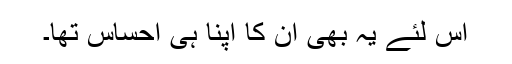
اس لئے یہ بھی ان کا اپنا ہی احساس تھا۔